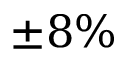
\pm 8 \%